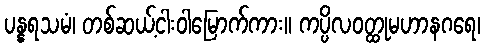
ပန္နရသမံ၊ တစ်ဆယ့်ငါးဝါမြောက်ကား။ ကပ္ပိလဝတ္ထုမဟာနဂရေ၊